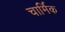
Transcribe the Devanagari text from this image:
चार्मिक